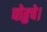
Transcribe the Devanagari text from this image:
पोहुचे।